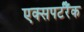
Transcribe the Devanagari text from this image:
एक्सपर्टरैंक